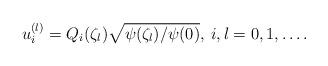
LaTeX: \begin{align*}u^{(l)}_i = Q_i(\zeta_l)\sqrt{\psi(\zeta_l)/\psi(0)},\>i,l=0,1,\ldots.\end{align*}